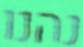
נהנו